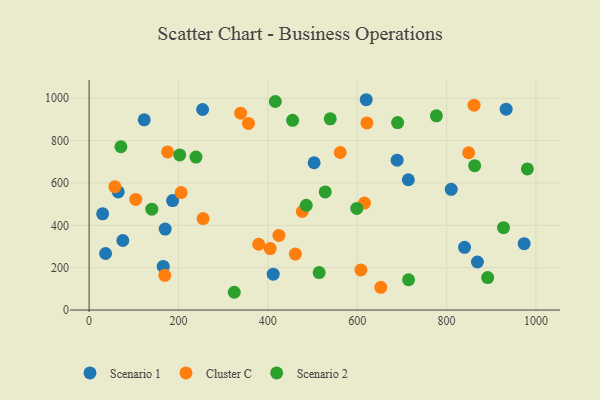
{"axis": {"x": "Price", "y": "Exam Score"}, "legend": ["Cluster C", "Scenario 1", "Scenario 2"], "data": [{"x": "254.1", "y": 947.0, "type": "Scenario 1"}, {"x": "840.3", "y": 296.2, "type": "Scenario 1"}, {"x": "933.4", "y": 948.4, "type": "Scenario 1"}, {"x": "620.2", "y": 993.1, "type": "Scenario 1"}, {"x": "412.1", "y": 169.4, "type": "Scenario 1"}, {"x": "170.3", "y": 382.2, "type": "Scenario 1"}, {"x": "65.2", "y": 557.6, "type": "Scenario 1"}, {"x": "810.5", "y": 570.2, "type": "Scenario 1"}, {"x": "123.4", "y": 898.4, "type": "Scenario 1"}, {"x": "503.6", "y": 695.6, "type": "Scenario 1"}, {"x": "973.7", "y": 313.3, "type": "Scenario 1"}, {"x": "36.9", "y": 267.0, "type": "Scenario 1"}, {"x": "75.5", "y": 328.4, "type": "Scenario 1"}, {"x": "165.9", "y": 206.1, "type": "Scenario 1"}, {"x": "869.1", "y": 226.9, "type": "Scenario 1"}, {"x": "186.9", "y": 517.1, "type": "Scenario 1"}, {"x": "689.4", "y": 707.5, "type": "Scenario 1"}, {"x": "30.3", "y": 454.1, "type": "Scenario 1"}, {"x": "714.5", "y": 615.3, "type": "Scenario 1"}, {"x": "255.2", "y": 431.9, "type": "Cluster C"}, {"x": "461.7", "y": 264.2, "type": "Cluster C"}, {"x": "621.7", "y": 883.7, "type": "Cluster C"}, {"x": "652.9", "y": 107.3, "type": "Cluster C"}, {"x": "356.7", "y": 881.1, "type": "Cluster C"}, {"x": "562.1", "y": 743.9, "type": "Cluster C"}, {"x": "169.4", "y": 163.7, "type": "Cluster C"}, {"x": "57.7", "y": 582.6, "type": "Cluster C"}, {"x": "861.6", "y": 967.2, "type": "Cluster C"}, {"x": "339.2", "y": 929.4, "type": "Cluster C"}, {"x": "849.5", "y": 742.8, "type": "Cluster C"}, {"x": "477.2", "y": 465.3, "type": "Cluster C"}, {"x": "205.9", "y": 554.8, "type": "Cluster C"}, {"x": "424.8", "y": 352.2, "type": "Cluster C"}, {"x": "379.5", "y": 310.7, "type": "Cluster C"}, {"x": "104.4", "y": 522.3, "type": "Cluster C"}, {"x": "616.3", "y": 504.9, "type": "Cluster C"}, {"x": "608.3", "y": 189.4, "type": "Cluster C"}, {"x": "405.3", "y": 290.2, "type": "Cluster C"}, {"x": "175.6", "y": 746.4, "type": "Cluster C"}, {"x": "539.7", "y": 902.8, "type": "Scenario 2"}, {"x": "202.8", "y": 732.5, "type": "Scenario 2"}, {"x": "71.2", "y": 771.0, "type": "Scenario 2"}, {"x": "599.1", "y": 479.6, "type": "Scenario 2"}, {"x": "486.0", "y": 494.7, "type": "Scenario 2"}, {"x": "455.5", "y": 896.0, "type": "Scenario 2"}, {"x": "715.0", "y": 143.0, "type": "Scenario 2"}, {"x": "777.3", "y": 916.9, "type": "Scenario 2"}, {"x": "528.5", "y": 557.8, "type": "Scenario 2"}, {"x": "980.9", "y": 666.3, "type": "Scenario 2"}, {"x": "862.9", "y": 681.8, "type": "Scenario 2"}, {"x": "416.8", "y": 984.8, "type": "Scenario 2"}, {"x": "927.5", "y": 389.0, "type": "Scenario 2"}, {"x": "892.0", "y": 153.2, "type": "Scenario 2"}, {"x": "514.9", "y": 176.7, "type": "Scenario 2"}, {"x": "690.5", "y": 885.1, "type": "Scenario 2"}, {"x": "239.2", "y": 722.3, "type": "Scenario 2"}, {"x": "324.9", "y": 83.9, "type": "Scenario 2"}, {"x": "140.4", "y": 476.4, "type": "Scenario 2"}]}